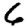
Digit: 6